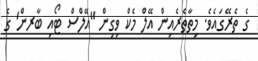
ގެ ތެރޭގައެވެ. މިތާތެރެއިން އޭލް މެކް ވިގިން "އޭލްސް ޓޯއި ބާރން' ގެ